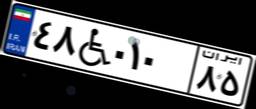
۴۸W۰۱۰۸۵